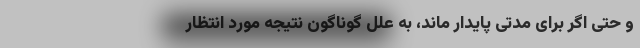
و حتی اگر برای مدتی پایدار ماند، به علل گوناگون نتیجه مورد انتظار